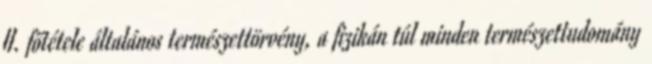
II. főtétele általános természettörvény, a fizikán túl minden természettudomány